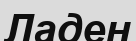
Ладен